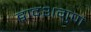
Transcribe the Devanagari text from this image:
द्वादशगुणं